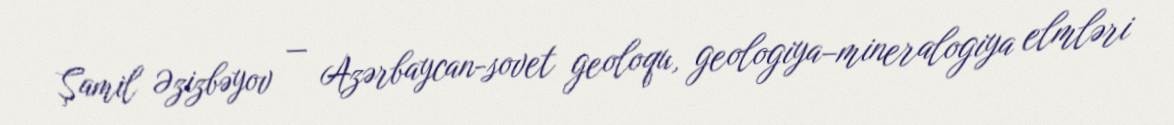
Şamil Əzizbəyov — Azərbaycan-sovet geoloqu, geologiya–mineralogiya elmləri